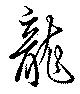
龍